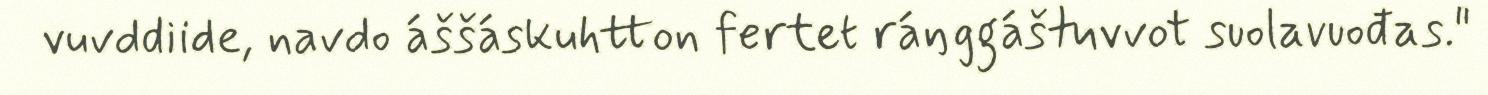
vuvddiide, navdo áššáskuhtton fertet ráŋggáštuvvot suolavuođas."